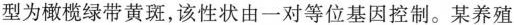
型为橄榄绿带黄斑，该性状由一对等位基因控制。某养殖